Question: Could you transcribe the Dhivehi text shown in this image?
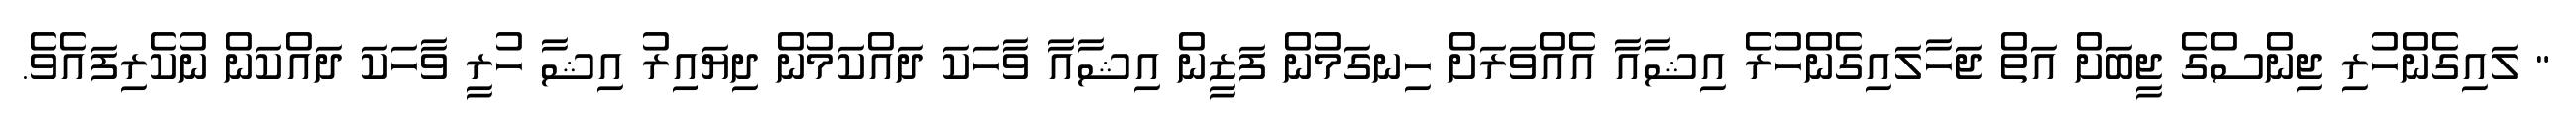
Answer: " ލައިގެންހުރި ޖިންސްގެ ޖީބަށް އަތް ޖަހާލައިގެންހުރެ އިޝާއާ އެއްވަރަށް ހިނގަމުން ފަޒީން އިޝާއާ ވާހަކަ ދައްކަމުން ދިޔައިރު އިޝާ ހުރީ ވާހަކަ ދައްކަން ނުކެރިފައެވެ.